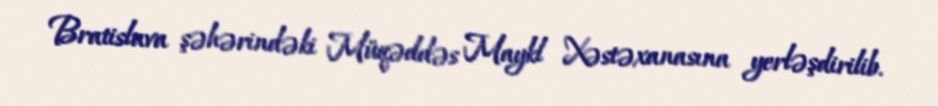
Bratislava şəhərindəki Müqəddəs Maykl Xəstəxanasına yerləşdirilib.